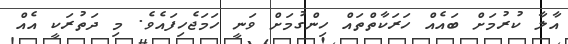
އާލާ ކުރުމަށް ބައެއް ހަރަކާތްތައް ހިންގުމަށް ވަނީ ހަމަޖެހިފައެވެ. މި ދަތުރަކީ އެއް